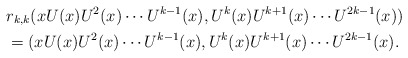
\begin{align*}&r_{k,k}(x U(x) U^2(x) \cdots U^{k-1}(x),U^{k}(x) U^{k+1}(x) \cdots U^{2k-1}(x)) \\&=(x U(x) U^2(x) \cdots U^{k-1}(x),U^{k}(x) U^{k+1}(x) \cdots U^{2k-1}(x).\end{align*}